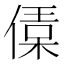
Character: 𠍙